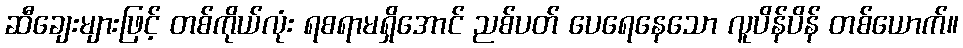
ဆီချေးများဖြင့် တစ်ကိုယ်လုံး ရစရာမရှိအောင် ညစ်ပတ် ပေရေနေသော လူပိန်ပိန် တစ်ယောက်။